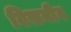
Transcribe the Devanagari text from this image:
विसनीय